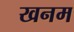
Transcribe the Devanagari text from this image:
खनम